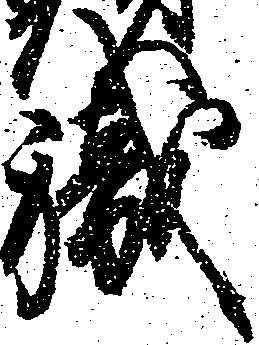
職